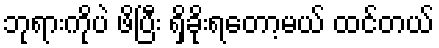
ဘုရားကိုပဲ ဖိပြီး ရှိခိုးရတော့မယ် ထင်တယ်